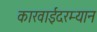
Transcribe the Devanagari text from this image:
कारवाईदरम्यान